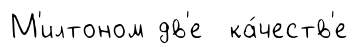
М'илтоном дв'е ка́честв'е